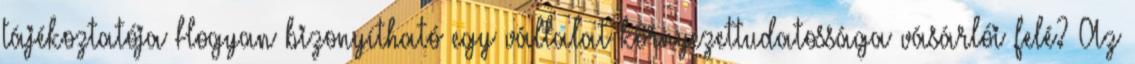
tájékoztatója Hogyan bizonyítható egy vállalat környezettudatossága vásárlói felé? Az